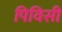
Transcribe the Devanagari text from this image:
पिविसी